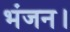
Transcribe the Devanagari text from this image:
भंजन।